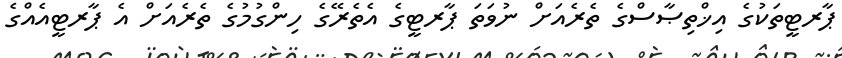
ޕާރޓީތަކުގެ އިޚްތިޞާސްގެ ތެރެއަށް ނުވަތަ ޕާރޓީގެ އެތެރޭގެ ހިންގުމުގެ ތެރެއަށް އެ ޕާރޓީއެއްގެ